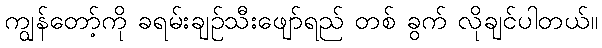
ကျွန်တော့်ကို ခရမ်းချဉ်သီးဖျော်ရည် တစ် ခွက် လိုချင်ပါတယ်။